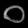
Digit: ၀